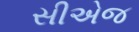
સીએજ